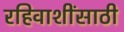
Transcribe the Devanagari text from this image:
रहिवाशींसाठी